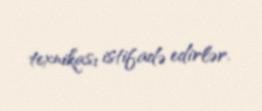
texnikası istifadə edirlər.